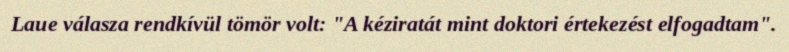
Laue válasza rendkívül tömör volt: "A kéziratát mint doktori értekezést elfogadtam".